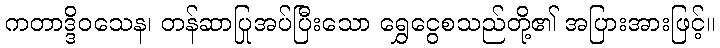
ကတာဒ္ဒိဝသေန၊ တန်ဆာပြုအပ်ပြီးသော ရွှေငွေစသည်တို့၏ အပြားအားဖြင့်။